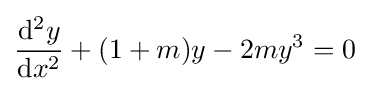
{\frac {\mathrm {d} ^{2}y}{\mathrm {d} x^{2}}}+(1+m)y-2my^{3}=0